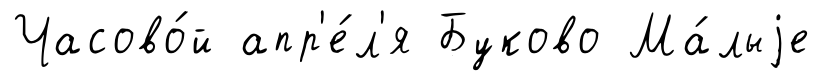
Часово́й апр'е́л'я Буково Ма́лыjе